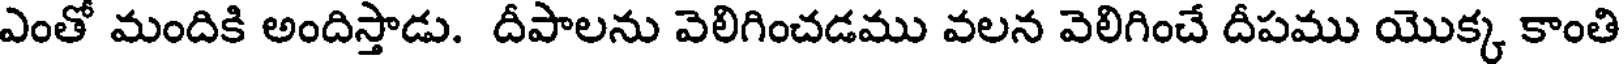
ఎంతో మందికి అందిస్తాడు. దీపాలను వెలిగించడము వలన వెలిగించే దీపము యొక్క కాంతి